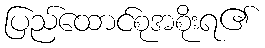
ပြည်ထောင်စုအစိုးရ၏